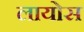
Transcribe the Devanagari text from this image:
लायोस